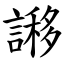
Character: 謻